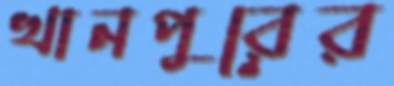
খানপুরের